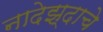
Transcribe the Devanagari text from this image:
नादेझ्दाचे